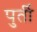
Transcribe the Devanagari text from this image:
पुर्ती